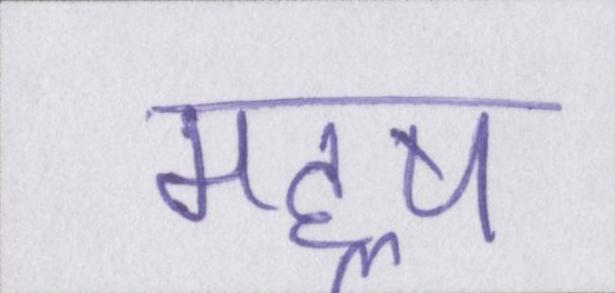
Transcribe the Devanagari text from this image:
महॢष